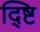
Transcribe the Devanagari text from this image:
द्ष्टि